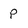
Character: P